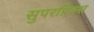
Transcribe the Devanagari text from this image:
सुपरप्रिक्स